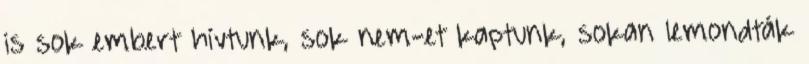
is sok embert hívtunk, sok nem-et kaptunk, sokan lemondták